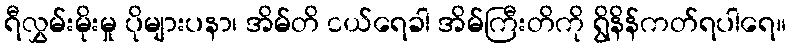
ရီလွှမ်းမိုးမှု ပိုများပနာ၊ အိမ်တိ ငယ်ရေခါ အိမ်ကြီးတိကို ရွိနိန်ကတ်ရပါရေ။